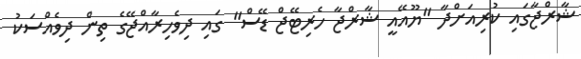
ޝާރްޖާގައި ކުރިއަށްދާ "ޔޫއޭއީ ޝާރްޖާ ހެރިޓޭޖް ޑޭސް" ގައި ދިވެހިރާއްޖޭގެ ތިން ދިވެއްސަކު